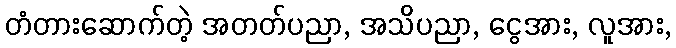
တံတားဆောက်တဲ့ အတတ်ပညာ, အသိပညာ, ငွေအား, လူအား,